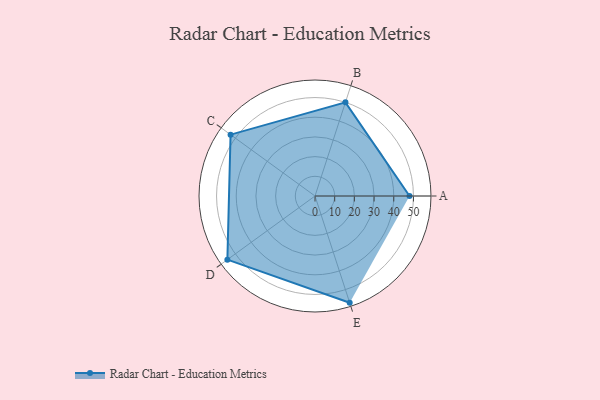
{"axis": {"x": "Skill", "y": "Score"}, "legend": ["Profile"], "data": [{"x": "A", "y": 48.0, "type": "Profile"}, {"x": "B", "y": 50.0, "type": "Profile"}, {"x": "C", "y": 53.0, "type": "Profile"}, {"x": "D", "y": 55.0, "type": "Profile"}, {"x": "E", "y": 57.0, "type": "Profile"}]}